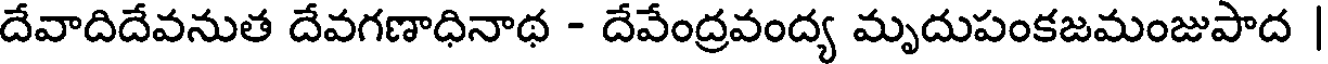
దేవాదిదేవనుత దేవగణాధినాథ - దేవేంద్రవంద్య మృదుపంకజమంజుపాద